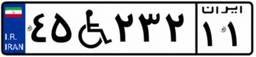
۴۵W۲۳۲۱۱